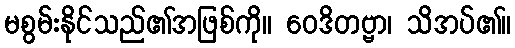
မစွမ်းနိုင်သည်၏အဖြစ်ကို။ ဝေဒိတဗ္ဗာ၊ သိအပ်၏။